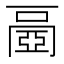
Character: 𠁐